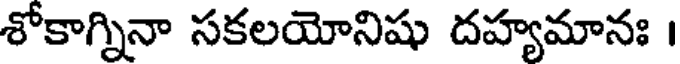
శోకాగ్నినా సకలయోనిషు దహ్యమానః ।